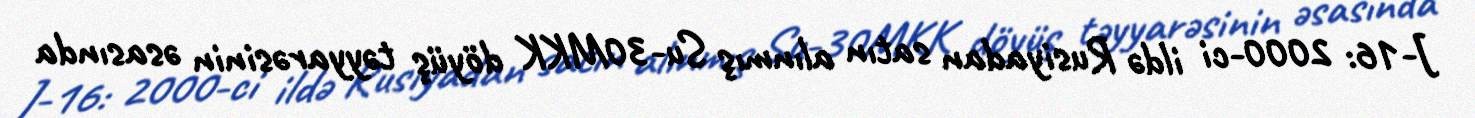
J-16: 2000-ci ildə Rusiyadan satın alınmış Su-30MKK döyüş təyyarəsinin əsasında